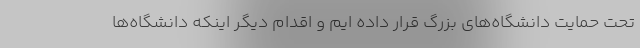
تحت حمایت دانشگاه‌های بزرگ قرار داده ایم و اقدام دیگر اینکه دانشگاه‌ها